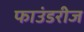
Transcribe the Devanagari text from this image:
फाउंडरीज